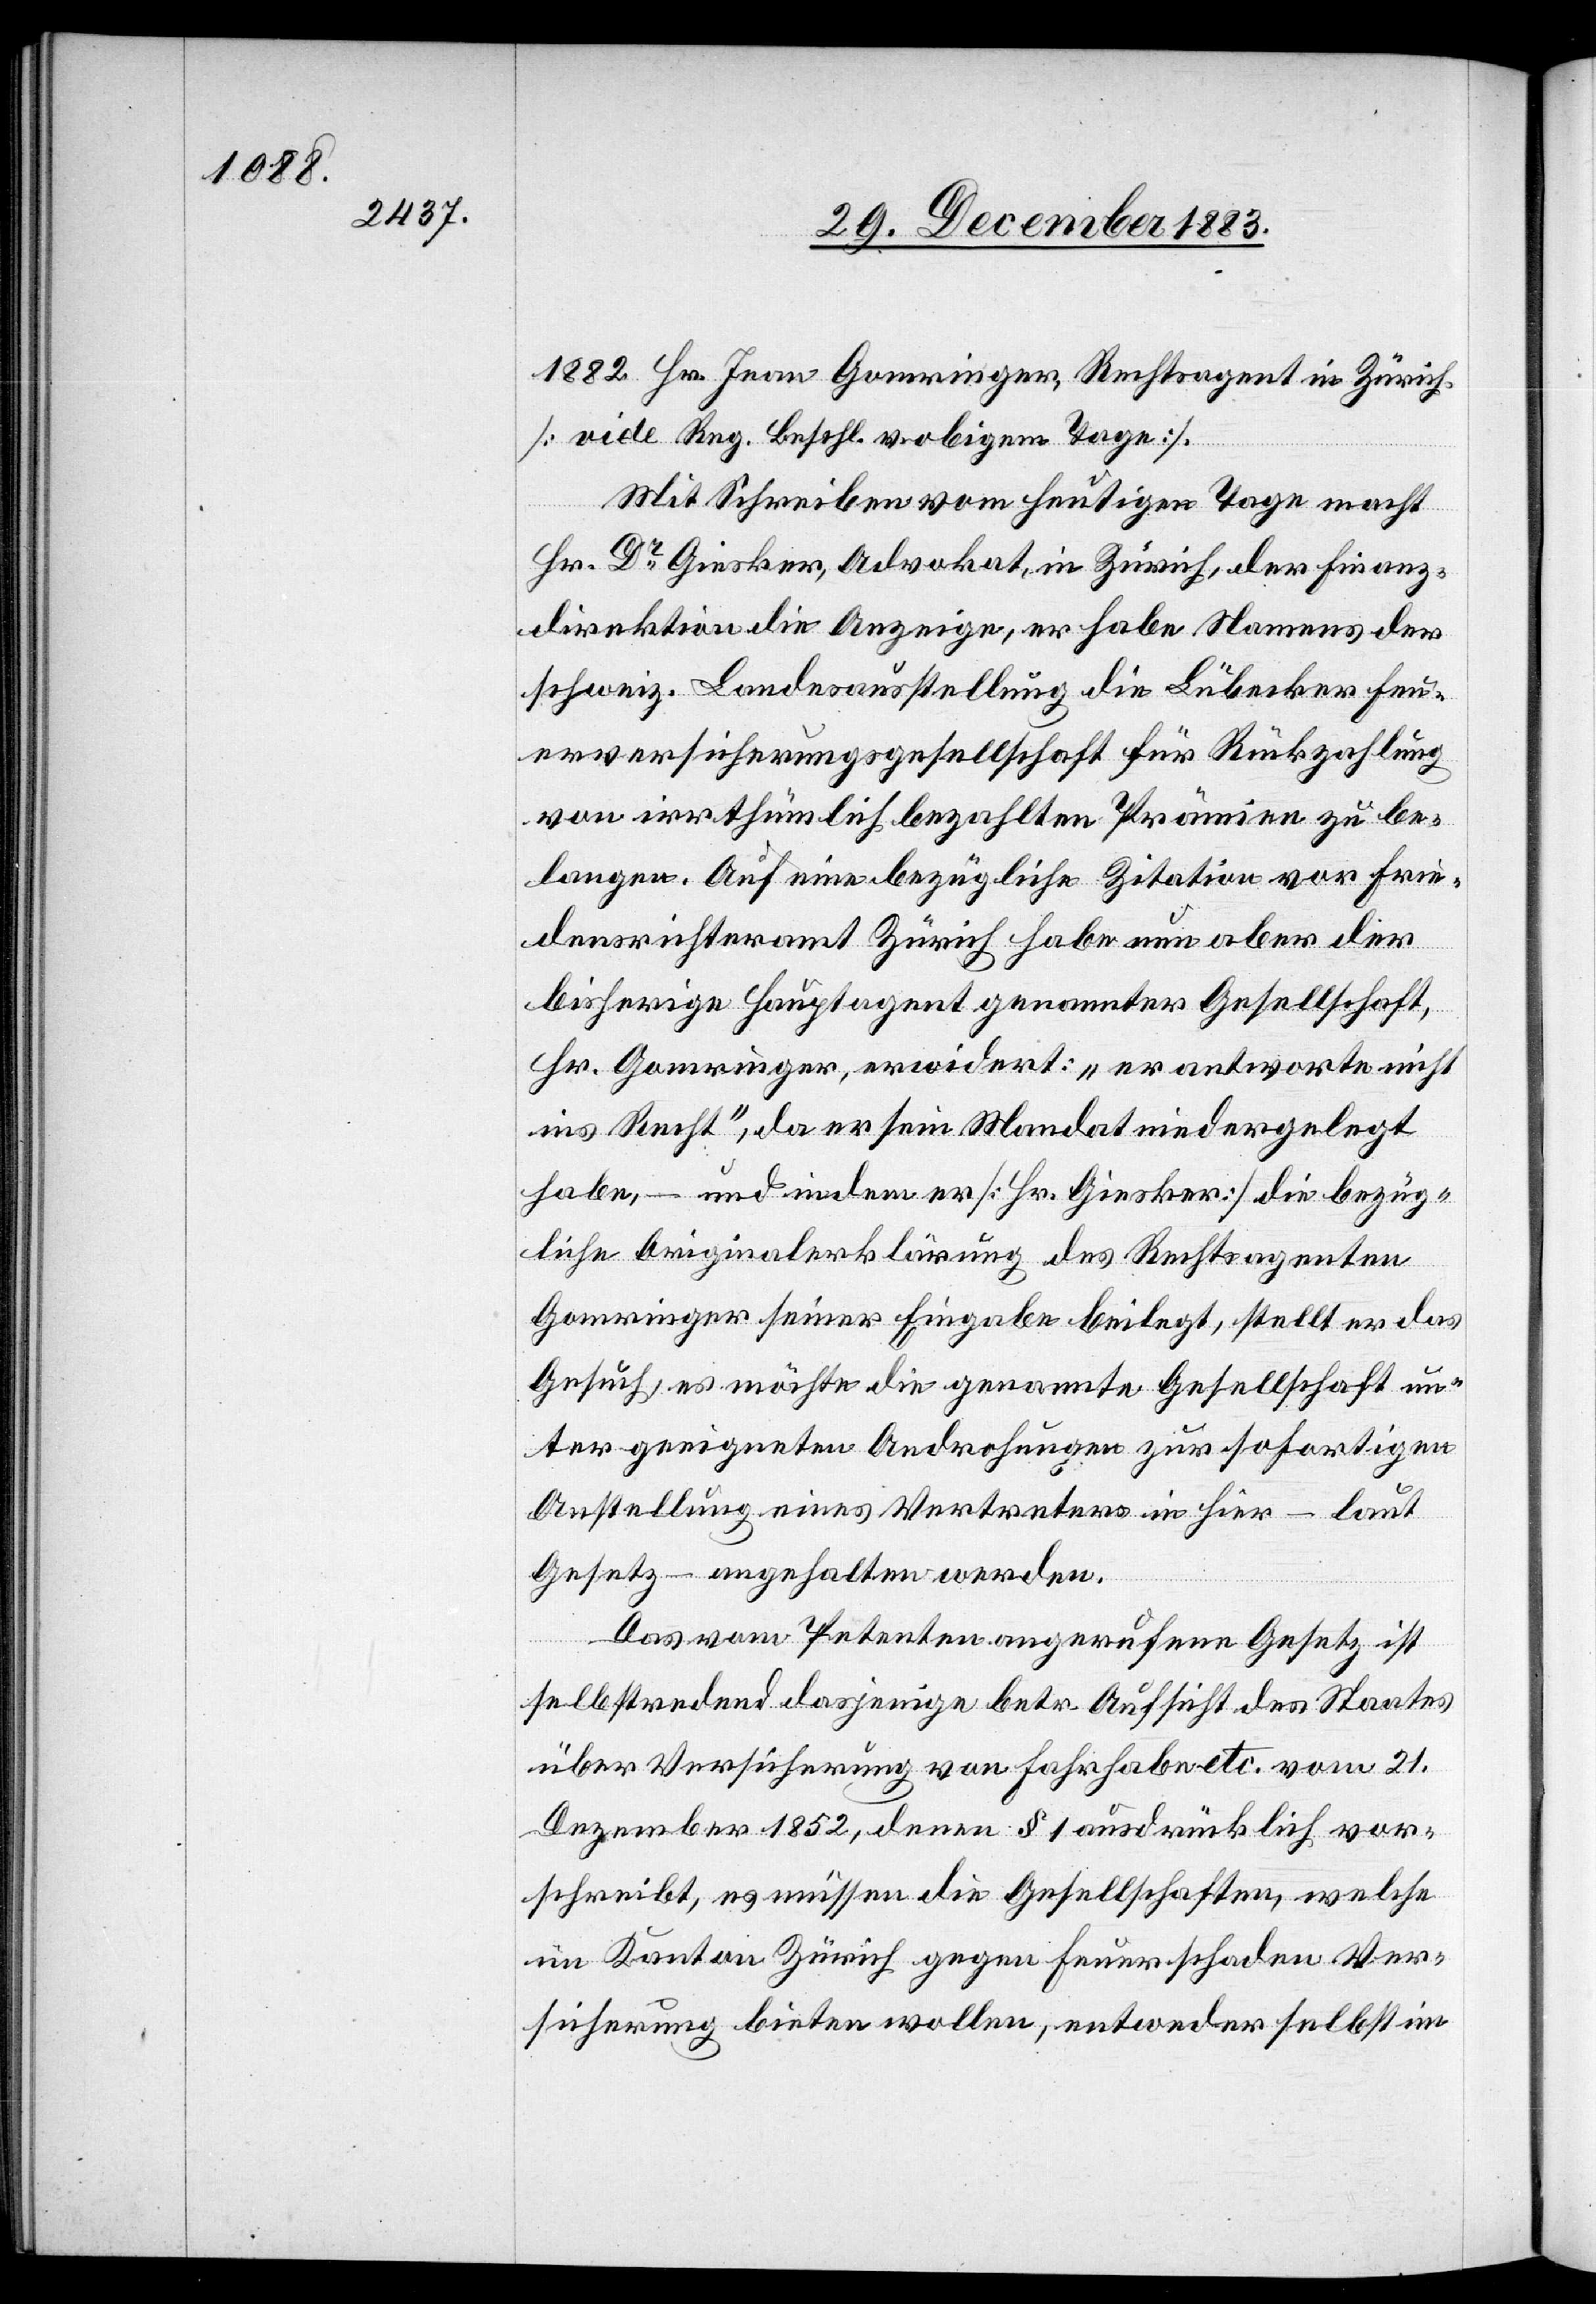
1882 Hr. Jean Gomringer, Rechtsagent in Zürich
[vide Reg. Beschl. v. obigem Tage].
Mit Schreiben vom heutigen Tage macht
Hr. Dr Giesker, Advokat, in Zürich, der Finanz¬
direktion die Anzeige, er habe Namens der
schweiz. Landesausstellung die Lübecker Feu¬
erversicherungsgesellschaft für Rückzahlung
von irrthümlich bezahlten Prämien zu be¬
langen. Auf eine bezügliche Zitation vor Frie¬
densrichteramt Zürich habe nun aber der
bisherige Hauptagent genannter Gesellschaft,
Hr. Gomringer, erwidert: „er antworte nicht
ins Recht“, da er sein Mandat niedergelegt
habe, – und indem er [Hr. Giesker] die bezüg¬
liche Originalerklärung des Rechtsagenten
Gomringer seiner Eingabe beilegt, stellt er das
Gesuch, es möchte die genannte Gesellschaft un¬
ter geeigneten Androhungen zur sofortigen
Anstellung eines Vertreters in hier – laut
Gesetz – angehalten werden.
Das vom Petenten angerufene Gesetz ist
selbstredend dasjenige betr. Aufsicht des Staates
über Versicherung von Fahrhabe etc. vom 21.
Dezember 1852, denen § 1 ausdrücklich vor¬
schreibt, es müssen die Gesellschaften, welche
im Kanton Zürich gegen Feuerschaden Ver¬
sicherung bieten wollen, entweder selbst im